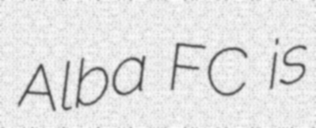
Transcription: Alba FC is